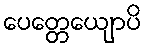
ပေတ္တေယျောပိ